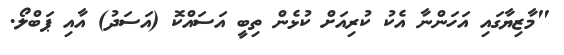
"މާޒިޔާގައި އަހަންނާ އެކު ކުރިއަށް ކުޅެން ތިބީ އަސައްކޮ (އަސަދު) އާއި ޕަބްލޯ.